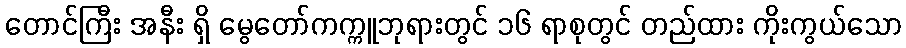
တောင်ကြီး အနီး ရှိ မွေတော်ကက္ကူဘုရားတွင် ၁၆ ရာစုတွင် တည်ထား ကိုးကွယ်သော